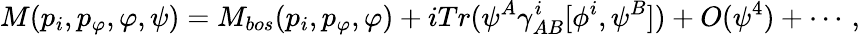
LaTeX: M(p_{i},p_{\varphi},\varphi,\psi)=M_{bos}(p_{i},p_{\varphi},\varphi)+iTr(\psi^{A}\gamma_{AB}^{i}[\phi^{i},\psi^{B}])+O(\psi^{4})+\cdots\, ,